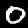
Label: 0